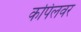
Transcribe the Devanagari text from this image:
कपिलवर